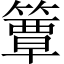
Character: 簟